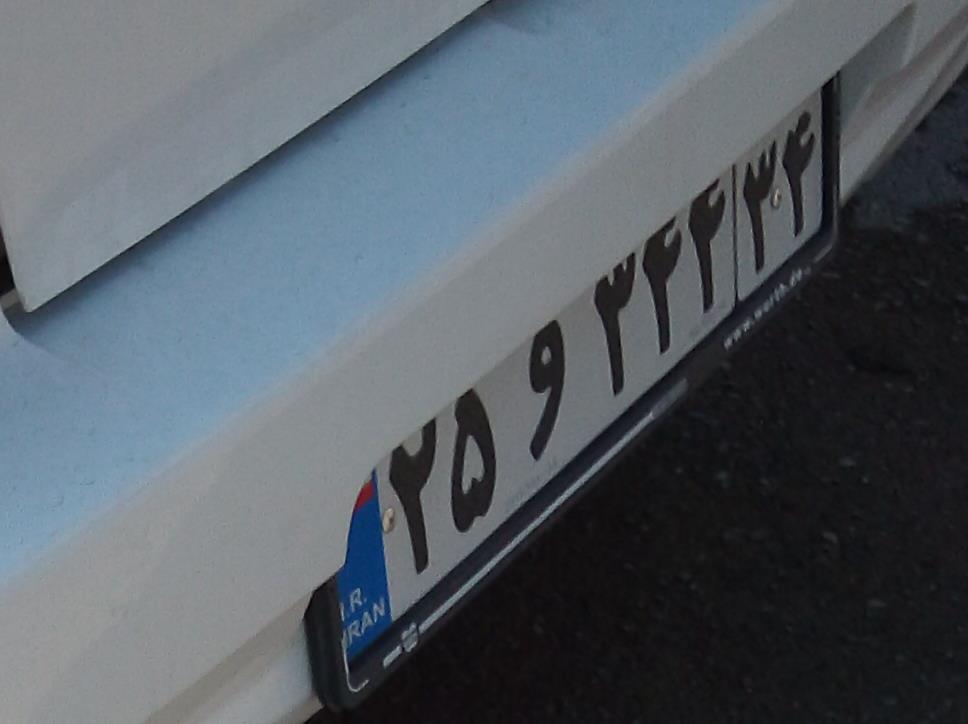
۲۵و۳۴۴۳۴